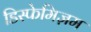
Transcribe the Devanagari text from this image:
डिस्फेमिज़म